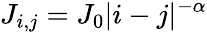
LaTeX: J_{i,j}=J_{0}|i-j|^{-\alpha}